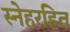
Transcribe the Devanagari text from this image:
स्नेहरहित